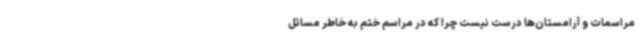
مراسمات و آرامستان‌ها درست نیست چرا که در مراسم ختم به خاطر مسائل